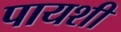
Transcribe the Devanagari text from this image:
पायशी